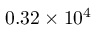
0 . 3 2 \times 1 0 ^ { 4 }